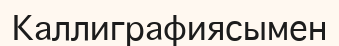
Каллиграфиясымен